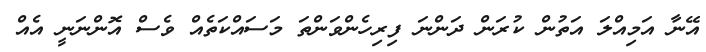
އޭނާ އަމިއްލަ އަތުން ކުރަން ދަންނަ ފިރިހެންވަންތަ މަސައްކަތެއް ވެސް އޮންނަނީ އެއް